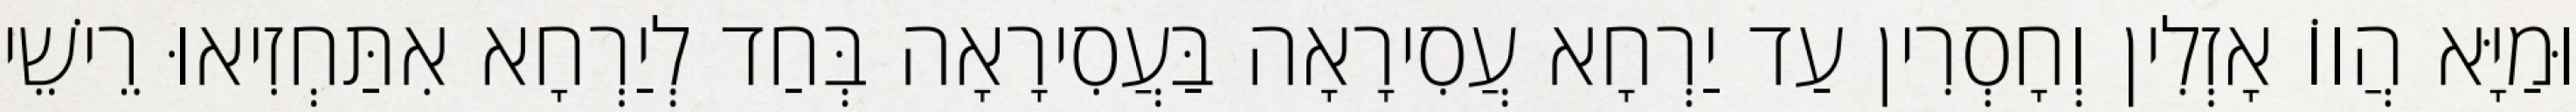
וּמַיָּא הֲווֹ אָזְלִין וְחָסְרִין עַד יַרְחָא עֲסִירָאָה בַּעֲסִירָאָה בְּחַד לְיַרְחָא אִתַּחְזִיאוּ רֵישֵׁי